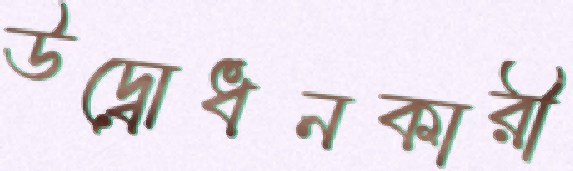
উদ্বোধনকারী